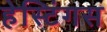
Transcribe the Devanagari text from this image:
हेस्टिंगस